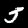
Label: 5